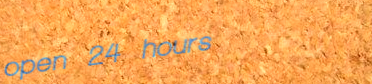
open 24 hours